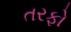
તરફો